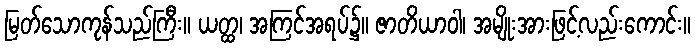
မြတ်သောကုန်သည်ကြီး။ ယတ္ထ၊ အကြင်အရပ်၌။ ဇာတိယာဝါ၊ အမျိုးအားဖြင့်လည်းကောင်း။